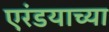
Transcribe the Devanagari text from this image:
एरंडयाच्या